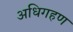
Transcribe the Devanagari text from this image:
अधिगहण